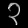
Digit: ၃